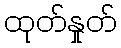
ထုတ်နှုတ်